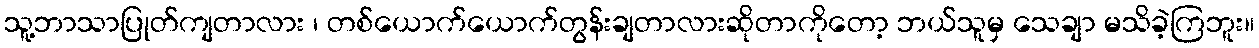
သူ့ဘာသာပြုတ်ကျတာလား ၊ တစ်ယောက်ယောက်တွန်းချတာလားဆိုတာကိုတော့ ဘယ်သူမှ သေချာ မသိခဲ့ကြဘူး။